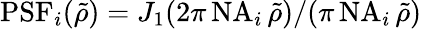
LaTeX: \mathrm{PSF}_{i}(\tilde{\rho})=J_{1}(2\pi\, \mathrm{NA}_{i}\, \tilde{\rho})/(\pi\, \mathrm{NA}_{i}\, \tilde{\rho})